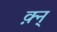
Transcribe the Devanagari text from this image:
क़्न्